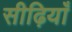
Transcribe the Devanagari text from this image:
सीढ़ियाँ